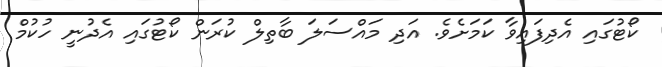
ކޯޓުގައި އެދިފައިވާ ކަމަށެވެ. އަދި މައްސަލަ ބާތިލް ކުރަން ކޯޓުގައި އެދުނީ ހުކުމް